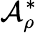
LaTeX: \mathcal{A}_{\rho}^{\ast}